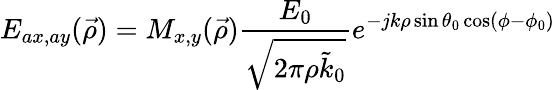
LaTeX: E_{ax,ay}(\vec{\rho})=M_{x,y}(\vec{\rho})\frac{E_{0}}{\sqrt{2\pi\rho\tilde{k}_{0}}}e^{-jk\rho\sin\theta_{0}\cos(\phi-\phi_{0})}